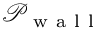
\mathcal { P } _ { \mathrm { ~ w ~ a ~ l ~ l ~ } }